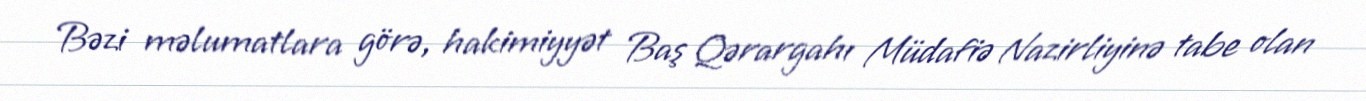
Bəzi məlumatlara görə, hakimiyyət Baş Qərargahı Müdafiə Nazirliyinə tabe olan